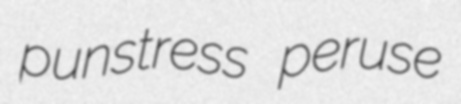
punstress peruse